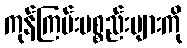
ကုန်ကြမ်းပစ္စည်းများကို